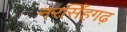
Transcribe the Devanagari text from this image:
नरसिँहगढ़